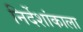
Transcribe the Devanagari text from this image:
निर्देशांकाला